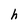
Character: h